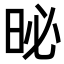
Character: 𪰗